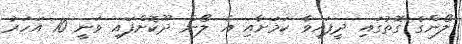
ލޯންގެ ގޮތުގައި ދީފައިވާ ކަމަށާއި އެ ލޯން ދޫކޮށްފައި ވަނީ 10 އަހަރު